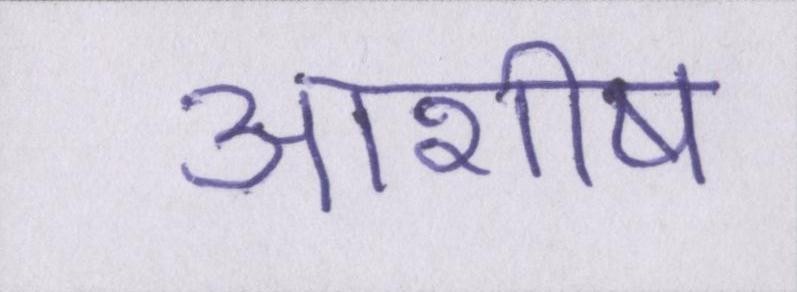
आशीष